Senior Leaving Certificate Examination (including Day School Certificate (Higher) General paper), 1948
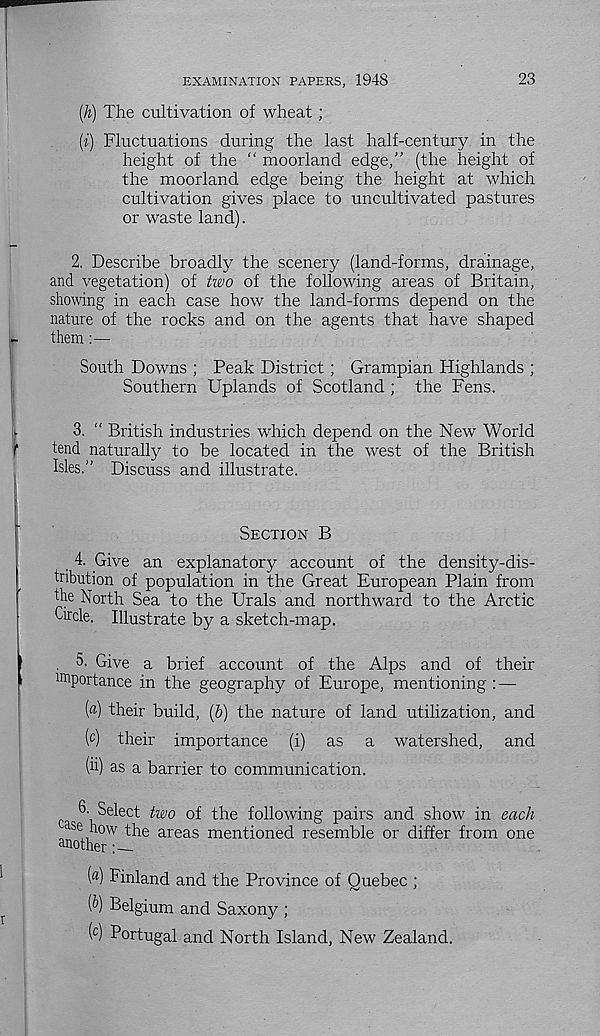
EXAMINATION PAPERS, 1948
23
(h) The cultivation of wheat ;
[i) Fluctuations during the last half-century in the
height of the “ moorland edge,” (the height of
the moorland edge being the height at which
cultivation gives place to uncultivated pastures
or waste land).
2. Describe broadly the scenery (land-forms, drainage,
and vegetation) of two of the following areas of Britain,
showing in each case how the land-forms depend on the
nature of the rocks and on the agents that have shaped
them:—
South Downs ; Peak District ; Grampian Highlands ;
Southern Uplands of Scotland ; the Fens.
3. “ British industries which depend on the New World
tend naturally to be located in the west of the British
Isles.” Discuss and illustrate.
SECTION B
4.
Give an explanatory account of the
tribution of population in the Great European Plain from
the North Sea to the Urals and northward to the Arctic
Circle. Illustrate by a sketch-map.
. 5. Give a brief account of the Alps and of their
lm portance in the geography of Europe, mentioning : —
(«) their build, (6) the nature of land utilization, and
( c ) their importance (i) as a watershed, and
(ii) as a barrier to communication.
6. Select two of the following pairs and show in each
Use how the areas mentioned resemble or differ from one
another
(«) Finland and the Province of Quebec ;
(fr) Belgium and Saxony ;
( c ) Portugal and North Island, New Zealand.